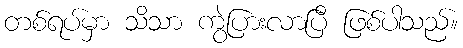
တစ်ရပ်မှာ သိသာ ကွဲပြားလာပြီ ဖြစ်ပါသည်။